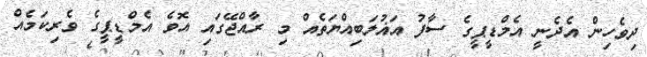
ދިވެހިން އެދެނީ އެމްޑީޕީގެ ސާފު އަޣުލަބިއްޔަތެއް މި ރާއްޖޭގައި އޮވެ އެމްޑީޕީގެ ވެރިކަމެއް